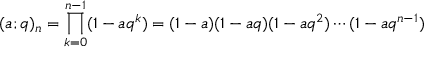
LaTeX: ( a ; q ) _ { n } = \prod _ { k = 0 } ^ { n - 1 } ( 1 - a q ^ { k } ) = ( 1 - a ) ( 1 - a q ) ( 1 - a q ^ { 2 } ) \cdots ( 1 - a q ^ { n - 1 } )